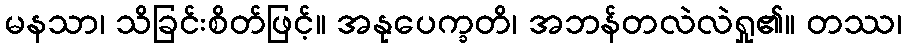
မနသာ၊ သိခြင်းစိတ်ဖြင့်။ အနုပေက္ခတိ၊ အဘန်တလဲလဲရှု၏။ တဿ၊